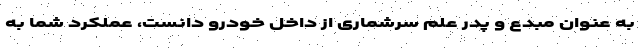
به عنوان مبدع و پدر علم سرشماری از داخل خودرو دانست، عملکرد شما به